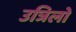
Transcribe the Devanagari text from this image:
उत्रिलो